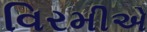
વિરમીએ